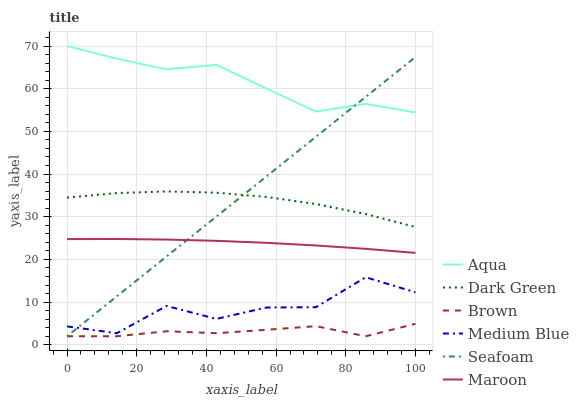
| xaxis_label | Aqua | Dark Green | Brown | Medium Blue | Seafoam | Maroon |
 | --- | --- | --- | --- | --- | --- | --- |
 | 0 | 70 | 34.5 | 2 | 4.32 | 2 | 24.8 |
 | 14.3 | 67 | 35.5 | 2 | 2.71 | 11.3 | 24.8 |
 | 28.6 | 64.5 | 35.9 | 3.17 | 9.1 | 20.7 | 24.7 |
 | 42.9 | 65.6 | 35.6 | 2.71 | 6.06 | 30 | 24.4 |
 | 57.1 | 60.1 | 34.6 | 3.5 | 8.73 | 39.4 | 23.9 |
 | 71.4 | 54.6 | 33 | 4.37 | 8.81 | 48.7 | 23.3 |
 | 85.7 | 56.4 | 30.6 | 2 | 15.8 | 58.1 | 22.5 |
 | 100 | 54.4 | 27.6 | 4.91 | 12.3 | 67.4 | 21.5 |